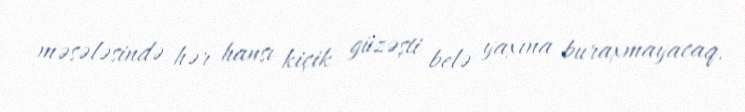
məsələsində hər hansı kiçik güzəşti belə yaxına buraxmayacaq.